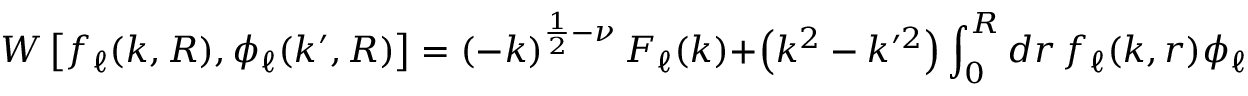
W \left[ f _ { \ell } ( k , R ) , \phi _ { \ell } ( k ^ { \prime } , R ) \right] = \left( - k \right) ^ { \frac { 1 } { 2 } - \nu } F _ { \ell } ( k ) + \left( k ^ { 2 } - k ^ { \prime 2 } \right) \int _ { 0 } ^ { R } d r \, f _ { \ell } ( k , r ) \phi _ { \ell } ( k ^ { \prime } , r ) \, .